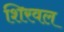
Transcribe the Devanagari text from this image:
शिरवल